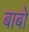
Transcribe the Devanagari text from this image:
बाबो